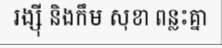
រង្ស៊ី និងកឹម សុខា ពន្លះគ្នា